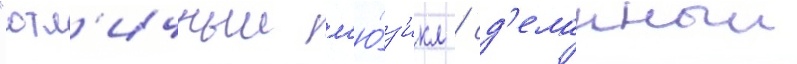
"отл'ичныи м'ю́з'икл / сд'еланныи